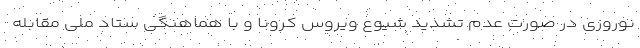
نوروزی در صورت عدم تشدید شیوع ویروس کرونا و با هماهنگی ستاد ملی مقابله